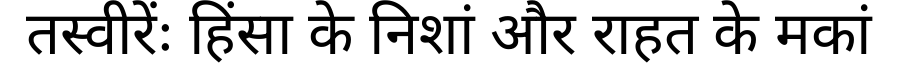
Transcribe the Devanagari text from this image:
तस्वीरेंः हिंसा के निशां और राहत के मकां